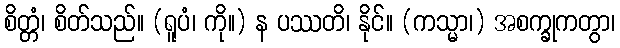
စိတ္တံ၊ စိတ်သည်။ (ရူပံ၊ ကို။) န ပဿတိ၊ နိုင်။ (ကသ္မာ၊) အစက္ခုကတွာ၊